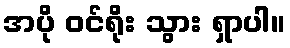
အပို ဝင်ရိုး သွား ရှာပါ။